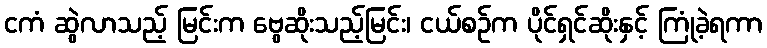
ငကံ ဆွဲလာသည့် မြင်းက ဗွေဆိုးသည့်မြင်း၊ ငယ်စဉ်က ပိုင်ရှင်ဆိုးနှင့် ကြုံခဲ့ရကာ